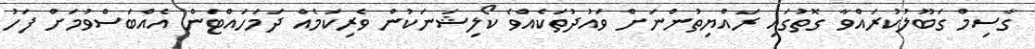
ގާސިމް ގަބޫލުކުރައްވާ ގޮތުގައި ރައްޔިތުންނަށް ވައުދުތަކެއްވެ ކޯލިޝަނަކުން ވެރިކަމެއް ދަމަހައްޓަން އެއްބަސްވުމަށް ފަހު